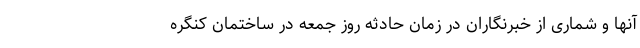
آنها و شماری از خبرنگاران در زمان حادثه روز جمعه در ساختمان کنگره